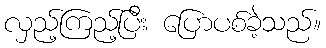
လှည့်ကြည့်ပြီး ပြောပစ်ခဲ့သည်။